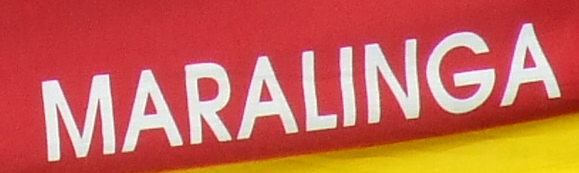
MARALINGA